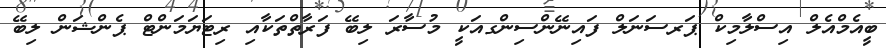
ބީއެމްއެލް އިސްލާމިކް ޕަރސަނަލް ފައިނޭންސިންގއަކީ މުސާރަ ލިބޭ ފަރާތްތަކާއި ރިޓަޔަމަންޓް ޕެންޝަން ލިބޭ